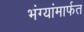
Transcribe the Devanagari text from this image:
भंग्यांमार्फत